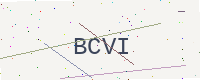
Text: BCVI